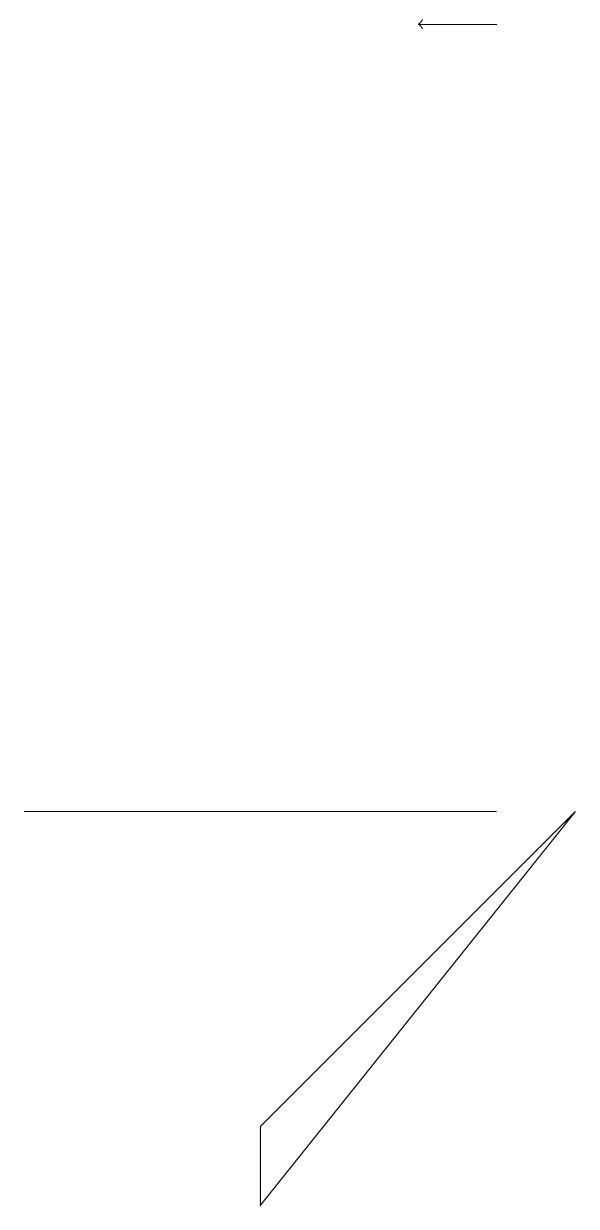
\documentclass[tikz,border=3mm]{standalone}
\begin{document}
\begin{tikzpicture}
\draw (5,1) -- (9,5) -- (5,0) -- cycle;
\draw[->] (8,15) -- (7,15);
\draw (3,5) -- (8,5) -- (2,5) -- cycle;
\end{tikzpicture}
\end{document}